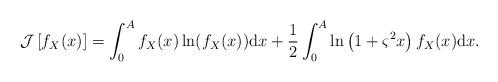
LaTeX: \begin{align*}{\cal J}\left[ f_X(x) \right] = { \int_0^A {f_X(x)} \ln ( {f_X(x)} ) {\rm{d}}x +\frac{1}{2}\int_0^A {\ln \left( {1 + {\varsigma ^2}x} \right)f_X(x)} {\rm{d}}x}.\end{align*}